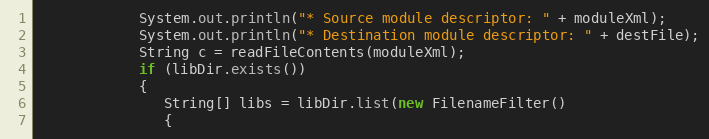
Language: Java
            System.out.println("* Source module descriptor: " + moduleXml);
            System.out.println("* Destination module descriptor: " + destFile);
            String c = readFileContents(moduleXml);
            if (libDir.exists())
            {
               String[] libs = libDir.list(new FilenameFilter()
               {